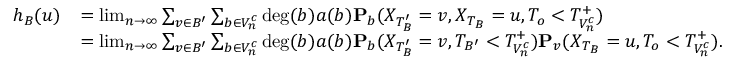
\begin{array} { r l } { h _ { B } ( u ) } & { = \operatorname* { l i m } _ { n \to \infty } \sum _ { v \in B ^ { \prime } } \sum _ { b \in V _ { n } ^ { c } } \deg ( b ) a ( b ) \mathbf { P } _ { b } ( X _ { T _ { B } ^ { \prime } } = v , X _ { T _ { B } } = u , T _ { o } < T _ { V _ { n } ^ { c } } ^ { + } ) } \\ & { = \operatorname* { l i m } _ { n \to \infty } \sum _ { v \in B ^ { \prime } } \sum _ { b \in V _ { n } ^ { c } } \deg ( b ) a ( b ) \mathbf { P } _ { b } ( X _ { T _ { B } ^ { \prime } } = v , T _ { B ^ { \prime } } < T _ { V _ { n } ^ { c } } ^ { + } ) \mathbf { P } _ { v } ( X _ { T _ { B } } = u , T _ { o } < T _ { V _ { n } ^ { c } } ^ { + } ) . } \end{array}